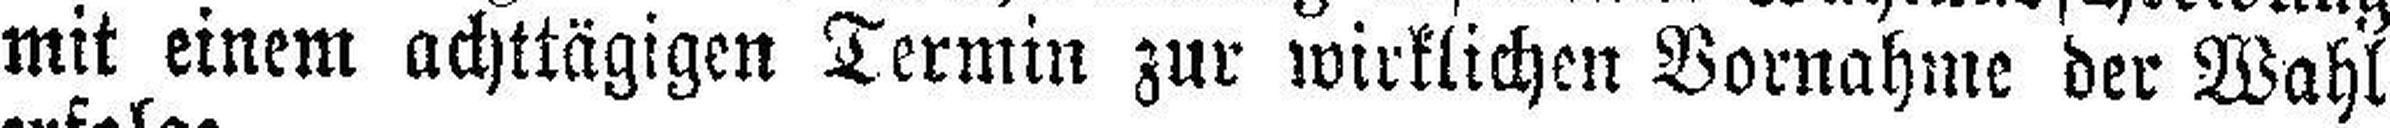
mit einem achttägigen Termin zur wirklichen Vornahme der Wahl